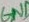
Text: GND